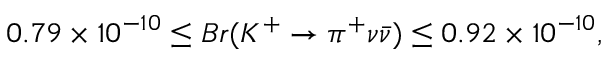
0 . 7 9 \times 1 0 ^ { - 1 0 } \leq B r ( K ^ { + } \rightarrow \pi ^ { + } \nu \bar { \nu } ) \leq 0 . 9 2 \times 1 0 ^ { - 1 0 } ,